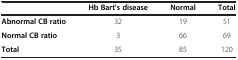
<table><thead><tr><td><b> </b></td><td><b>Hb Bart’s disease</b></td><td><b>Normal</b></td><td><b>Total</b></td></tr></thead><tbody><tr><td><b>Abnormal CB ratio</b></td><td>32</td><td>19</td><td>51</td></tr><tr><td><b>Normal CB ratio</b></td><td>3</td><td>66</td><td>69</td></tr><tr><td><b>Total</b></td><td>35</td><td>85</td><td>120</td></tr></tbody></table>